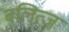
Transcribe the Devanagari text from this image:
बलित्ज़